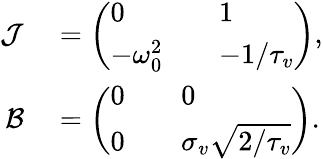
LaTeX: \begin{array}{rl}{\mathcal{J}}&{{}=\left(\begin{array}{lll}{0}&{}&{1}\\ {-\omega_{0}^{2}}&{}&{-1/{\tau_{v}}}\end{array}\right),}\\ {\mathcal{B}}&{{}=\left(\begin{array}{lll}{0}&{}&{0}\\ {0}&{}&{\sigma_{v}\sqrt{2/\tau_{v}}}\end{array}\right).}\end{array}